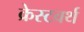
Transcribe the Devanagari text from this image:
क्रेस्टवर्थ